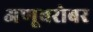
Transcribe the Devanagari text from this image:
अणूबरोबर